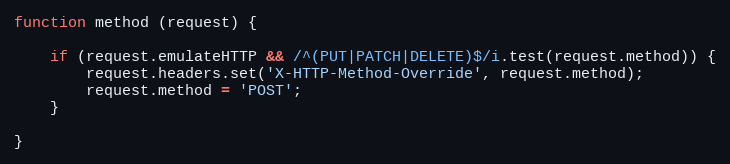
Language: JavaScript
function method (request) {

    if (request.emulateHTTP && /^(PUT|PATCH|DELETE)$/i.test(request.method)) {
        request.headers.set('X-HTTP-Method-Override', request.method);
        request.method = 'POST';
    }

}